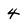
Character: 4